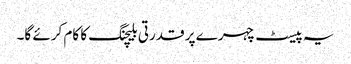
یہ پیسٹ چہرے پر قدرتی بلیچنگ کا کام کرئے گا۔